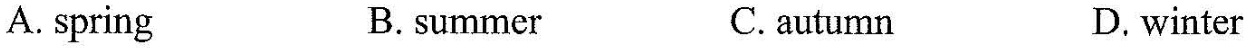
A. spring B. summer C. autumn D.winter